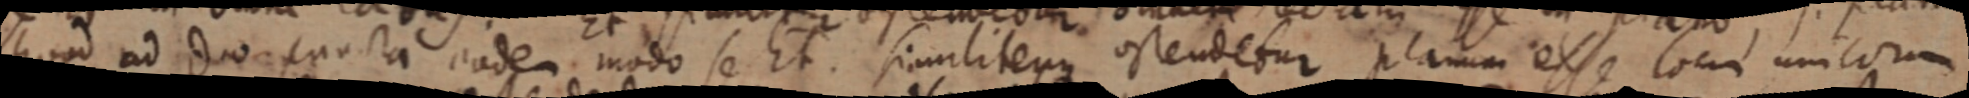
quod ad duo puncta eodem modo se Et. similitenus ostendetur planum esse locui unicorum